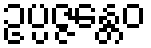
ဥပ္ပဇ္ဇန္တေဝ